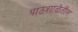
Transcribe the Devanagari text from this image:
पाठशाळेतील